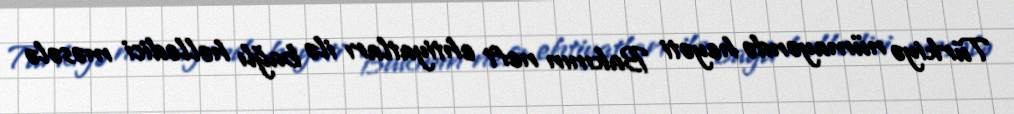
Türkiyə nümayəndə heyəti Bakının neft ehtiyatları ilə bağlı həlledici məsələ